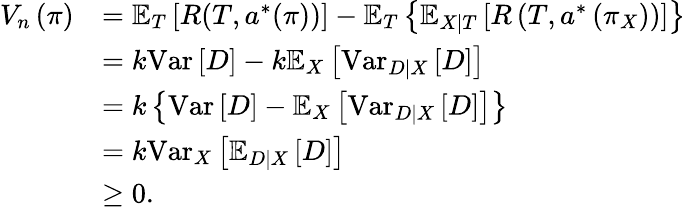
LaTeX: \begin{array}{rl}{V_{n}\left(\pi\right)}&{=\mathbb{E}_{T}\left[R(T,a^{*}(\pi))\right]-\mathbb{E}_{T}\left\{ \mathbb{E}_{X|T}\left[R\left(T,a^{*}\left(\pi_{X}\right)\right)\right]\right\} }\\ &{=k\textrm{Var}\left[D\right]-k\mathbb{E}_{X}\left[{\textrm{Var}_{D|X}\left[D\right]}\right]}\\ &{=k\left\{ {\textrm{Var}\left[D\right]}-{\mathbb{E}_{X}\left[{\textrm{Var}_{D|X}\left[D\right]}\right]}\right\} }\\ &{=k\textrm{Var}_{X}\left[{\mathbb{E}_{D|X}\left[D\right]}\right]}\\ &{\geq 0.}\end{array}